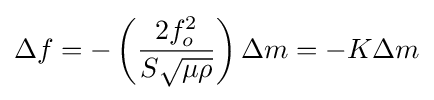
\Delta f=-\left({\frac {2f_{o}^{2}}{S{\sqrt {\mu \rho }}}}\right)\Delta m=-K\Delta m